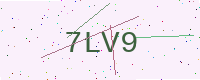
Text: 7LV9